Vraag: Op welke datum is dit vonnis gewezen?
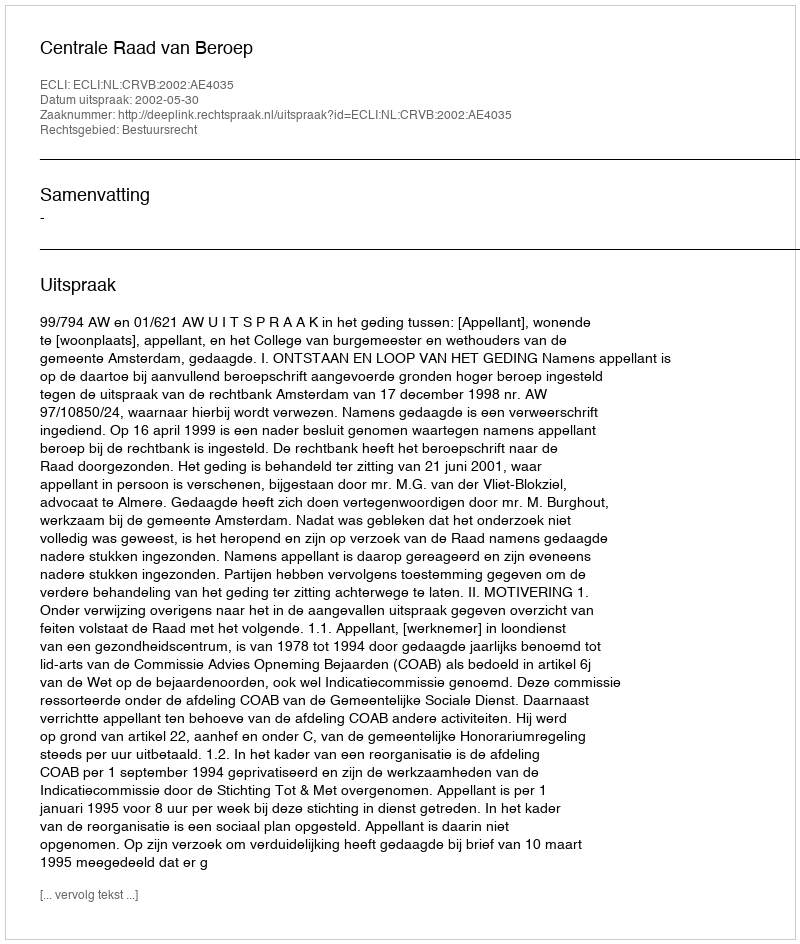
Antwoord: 2002-05-30